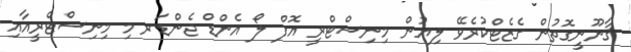
ޤާނޫނީގޮތުން ގެޒެޓްކުރެވޭ ލިޔުން މިނިސްޓްރީ އޮފް ލޯ އެންޑް ޖެންޑަރ މި މިނިސްޓްރީއާއި